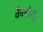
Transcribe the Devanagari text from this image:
कैलोरी।